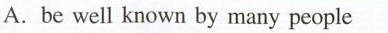
A.be well known by many people